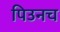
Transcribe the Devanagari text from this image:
पिउनच